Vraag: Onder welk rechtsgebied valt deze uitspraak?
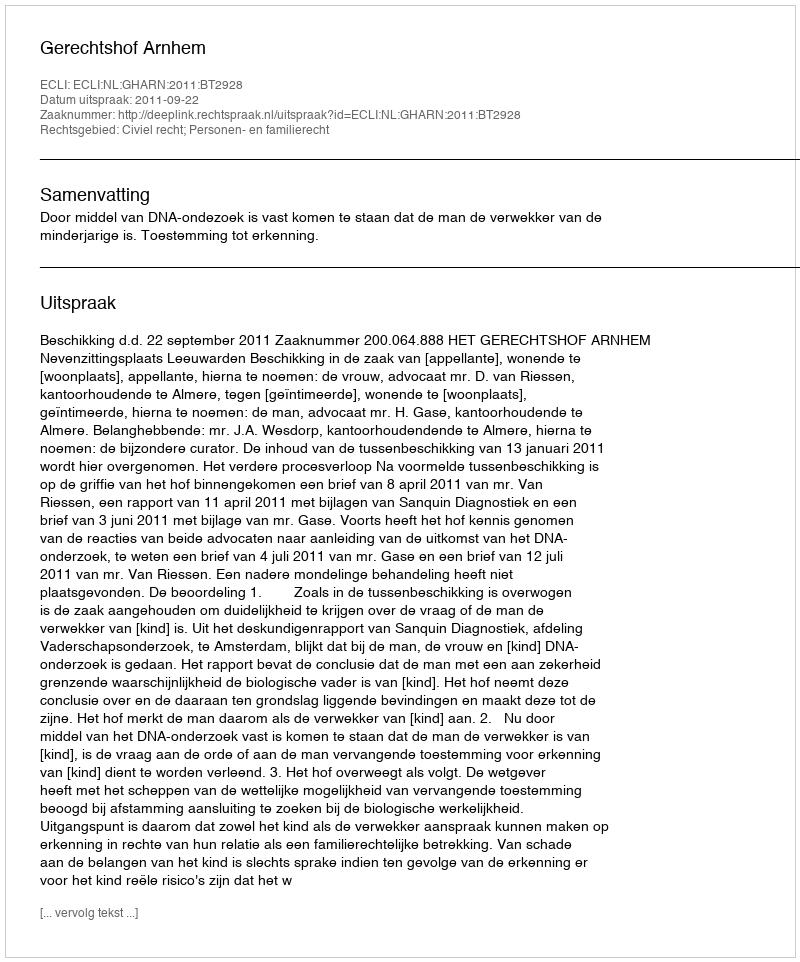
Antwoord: Civiel recht; Personen- en familierecht